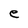
Character: e